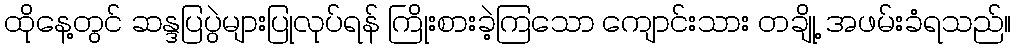
ထိုနေ့တွင် ဆန္ဒပြပွဲများပြုလုပ်ရန် ကြိုးစားခဲ့ကြသော ကျောင်းသား တချို့ အဖမ်းခံရသည်။